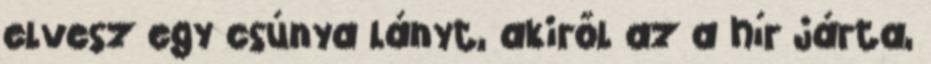
elvesz egy csúnya lányt, akiről az a hír járta,